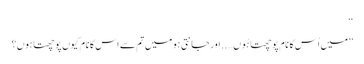
‘‘
’’میں اُس کا نام پوچھتا ہُوں….. اور جانتی ہو میں تم سے اس کا نام کیوں پوچھتا ہوں؟